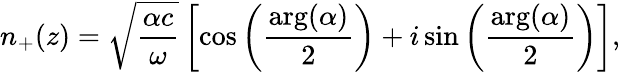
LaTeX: n_{+}(z)=\sqrt{\frac{\alpha c}{\omega}}\left[\cos\left(\frac{\arg(\alpha)}{2}\right)+i\sin\left(\frac{\arg(\alpha)}{2}\right)\right],